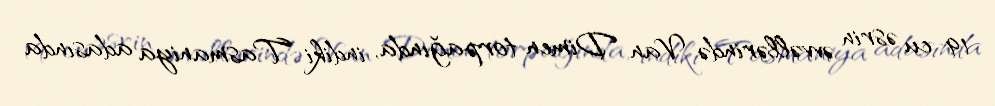
19-cu əsrin əvvəllərində Van Dimen torpağında, indiki Tasmaniya adasında